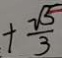
+ \frac { \sqrt { 5 } } { 3 }